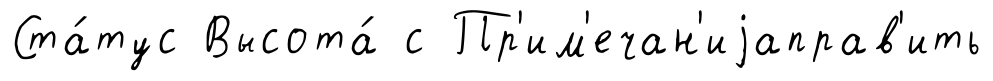
Ста́тус Высота́ с Пр'им'ечан'иjаправ'ить